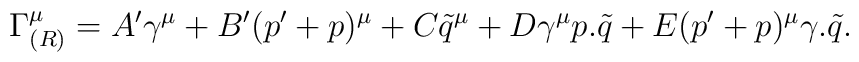
\Gamma^\mu_{(R)}=A^{\prime}\gamma^\mu + B^{\prime}(p'+p)^\mu + C\tilde{q}^\mu +    D\gamma^\mu p.\tilde{q} +E(p'+p)^\mu\gamma.\tilde{q} .